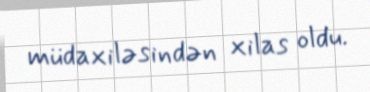
müdaxiləsindən xilas oldu.